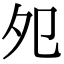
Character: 夗